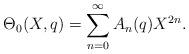
LaTeX: \begin{align*}\Theta_0(X,q)=\sum_{n=0}^{\infty}A_n(q)X^{2n}.\end{align*}